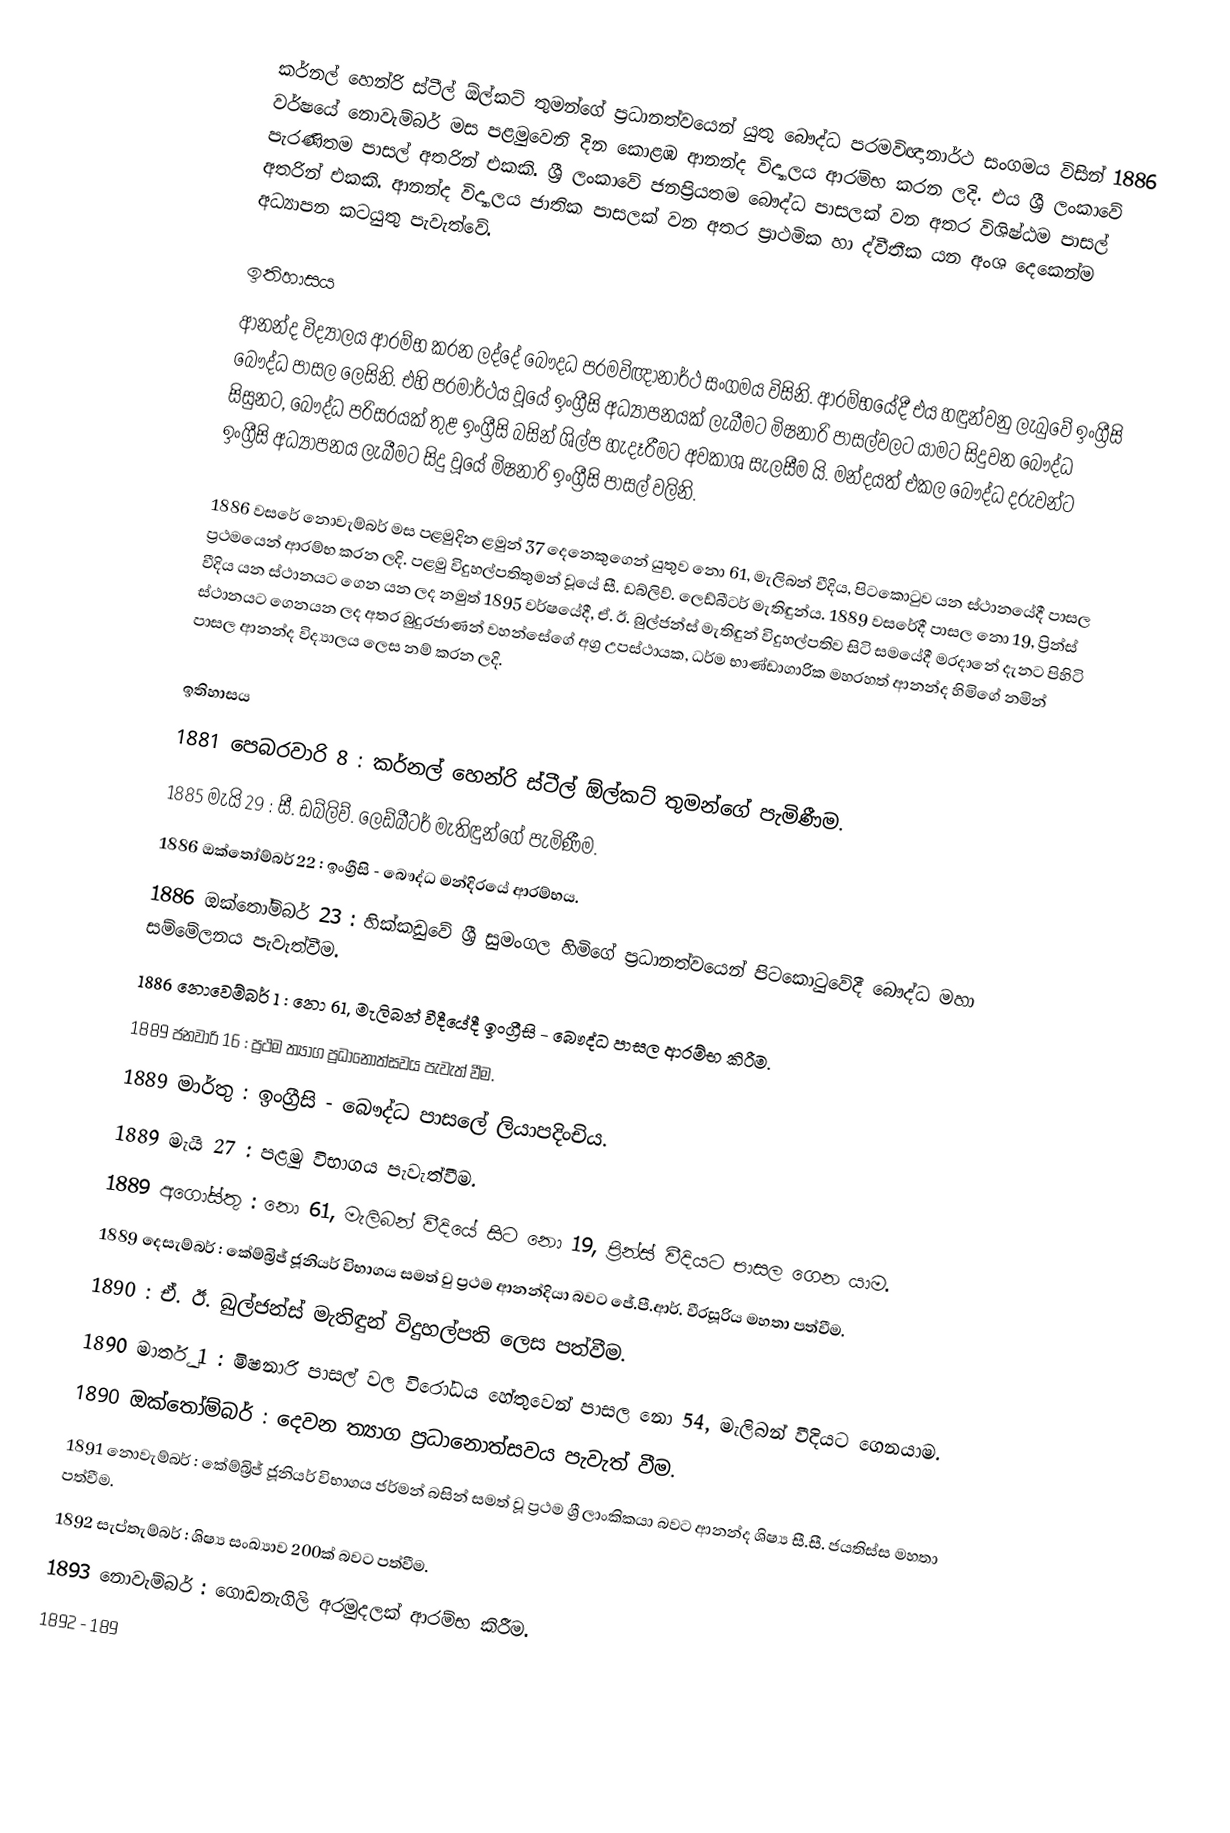
කර්නල් හෙන්රි ස්ටීල් ඕල්කට් තුමන්ගේ ප්‍රධානත්වයෙන් යුතු බෞද්ධ පරමවිඥානාර්ථ සංගමය විසින් 1886 වර්ෂයේ නොවැම්බර් මස පළමුවෙනි දින කොළඹ ආනන්ද විද්‍යාලය ආරම්භ කරන ලදි. එය ශ්‍රී ලංකාවේ පැරණිතම පාසල් අතරින් එකකි. ශ්‍රී ලංකාවේ ජනප්‍රියතම බෞද්ධ පාසලක් වන අතර විශිෂ්ඨම පාසල් අතරින් එකකි. ආනන්ද විද්‍යාලය ජාතික පාසලක් වන අතර ප්‍රාථමික හා ද්වීතීක යන අංශ දෙකෙන්ම අධ්‍යාපන කටයුතු පැවැත්වේ.

ඉතිහාසය
ආනන්ද විද්‍යාලය ආරම්භ කරන ලද්දේ බෞදධ පරමවිඥානාර්ථ සංගමය විසිනි. ආරම්භයේදී එය හඳුන්වනු ලැබුවේ ඉංග්‍රීසි බෞද්ධ පාසල ලෙසිනි.  එහි පරමාර්ථය වූයේ ඉංග්‍රීසි අධ්‍යාපනයක් ලැබීමට මිෂනාරි පාසල්වලට යාමට සිදුවන බෞද්ධ සිසුනට, බෞද්ධ පරිසරයක් තුළ ඉංග්‍රීසි බසින් ශිල්ප හැදෑරීමට අවකාශ සැලසීම යි. මන්දයත් එකල බෞද්ධ දරුවන්ට ඉංග්‍රීසි අධ්‍යාපනය ලැබීමට සිදු වූයේ මිෂනාරි ඉංග්‍රීසි පාසල් වලිනි.

1886 වසරේ නොවැම්බර් මස පළමුදින ළමුන් 37 දෙනෙකුගෙන් යුතුව නො 61, මැලිබන් වීදිය, පිටකොටුව යන ස්ථානයේදී පාසල ප්‍රථමයෙන් ආරම්භ කරන ලදි. පළමු විදුහල්පතිතුමන් වූයේ සී. ඩබ්ලිව්. ලෙඩ්බීටර් මැතිඳුන්ය. 1889 වසරේදී පාසල නො 19, ප්‍රින්ස් වීදිය යන ස්ථානයට ගෙන යන ලද නමුත් 1895 වර්ෂයේදී, ඒ. ඊ. බුල්ජන්ස් මැතිඳුන් විදුහල්පතිව සිටි සමයේදී මරදානේ දැනට පිහිටි ස්ථානයට ගෙනයන ලද අතර බුදුරජාණන් වහන්සේගේ අග්‍ර උපස්ථායක, ධර්ම භාණ්ඩාගාරික මහරහත් ආනන්ද හිමිගේ නමින් පාසල ආනන්ද විද්‍යාලය ලෙස නම් කරන ලදි.

ඉතිහාසය
 1881 පෙබරවාරි 8 : කර්නල් හෙන්රි ස්ටීල් ඕල්කට් තුමන්ගේ පැමිණීම.
 1885 මැයි 29 : සී. ඩබ්ලිව්. ලෙඩ්බීටර් මැතිඳුන්ගේ පැමිණීම.
 1886 ඔක්තෝම්බර් 22 : ඉංග්‍රීසි - බෞද්ධ මන්දිරයේ ආරම්භය.
 1886 ඔක්තෝම්බර් 23 : හික්කඩුවේ ශ්‍රී සුමංගල හිමිගේ ප්‍රධානත්වයෙන් පිටකොටුවේදී බෞද්ධ මහා සම්මේලනය පැවැත්වීම.
 1886 නොවෙම්බර් 1 : නො 61, මැලිබන් වීදීයේදී ඉංග්‍රීසි - බෞද්ධ පාසල ආරම්භ කිරීම.
 1889 ජනවාරි 16 : ප්‍රථම ත්‍යාග ප්‍රධානෝත්සවය පැවැත් වීම.
 1889 මාර්තු : ඉංග්‍රීසි - බෞද්ධ පාසලේ ලියාපදිංචිය.
 1889 මැයි 27 : පළමු විභාගය පැවැත්වීම.
 1889 අගෝස්තු : නො 61, මැලිබන් වීදියේ සිට නො 19, ප්‍රින්ස් වීදියට පාසල ගෙන යාම.
 1889 දෙසැම්බර් : කේම්බ්‍රිජ් ජූනියර් විභාගය සමත් වු ප්‍රථම ආනන්දියා බවට ජේ.පී.ආර්. වීරසූරිය මහතා පත්වීම.
 1890 : ඒ. ඊ. බුල්ජන්ස් මැතිඳුන් විදුහල්පති ලෙස පත්වීම.
 1890 මාර්තු 1 : මිෂනාරි පාසල් වල විරෝධය හේතුවෙන් පාසල නො 54, මැලිබන් වීදියට ගෙනයාම.
 1890 ඔක්තෝම්බර් : දෙවන ත්‍යාග ප්‍රධානොත්සවය පැවැත් වීම.
 1891 නොවැම්බර් : කේම්බ්‍රිජ් ජූනියර් විභාගය ජර්මන් බසින් සමත් වූ ප්‍රථම ශ්‍රී ලාංකිකයා බවට ආනන්ද ශිෂ්‍ය සී.සී. ජයතිස්ස මහතා පත්වීම.
 1892 සැප්තැම්බර් : ශිෂ්‍ය සංඛ්‍යාව 200ක් බවට පත්වීම.
 1893 නොවැම්බර් : ගොඩනැගිලි අරමුදලක් ආරම්භ කිරීම.
 1892 - 189